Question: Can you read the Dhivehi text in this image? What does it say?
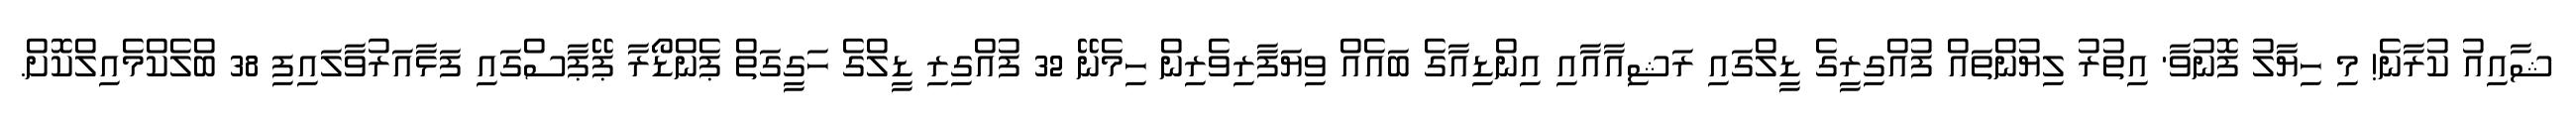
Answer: ޝާއިއު ކުރާނެ! މި ހިޔާލު ފޮނުވާ' އިތުރު ލިޔުންތައް ފުއްގިރީގެ ޑީލްގައި ރަޝިއާއާއި އިންޑިއާގެ ބައެއް ވިޔަފާރިވެރިން ހިމެނޭ 32 ފުއްގިރި ޑީލްގެ ހަގީގަތް ޕެންޑޯރާ ޕޭޕާސްގައި ފަޅާއަރުވާލައިފި 38 ބްލެކްމެއިލްކޮށް.